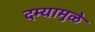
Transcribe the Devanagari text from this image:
दम्यामुळे